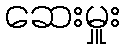
ဆေးမှူး